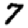
Digit: 7